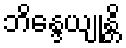
ဘိန္ဒေယျုန္တိ